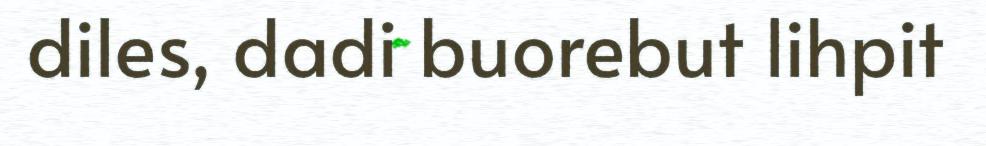
diles, dadi buorebut lihpit